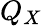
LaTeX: Q_{X}